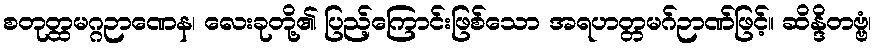
စတုတ္ထမဂ္ဂဉာဏေန၊ လေးခုတို့၏ ပြည့်ကြောင်းဖြစ်သော အရဟတ္တမဂ်ဉာဏ်ဖြင့်။ ဆိန္ဒိတဗ္ဗံ၊